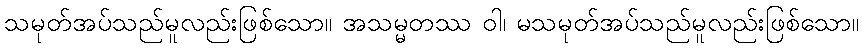
သမုတ်အပ်သည်မူလည်းဖြစ်သော။ အသမ္မတဿ ဝါ၊ မသမုတ်အပ်သည်မူလည်းဖြစ်သော။